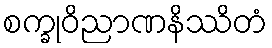
စက္ခုဝိညာဏနိဿိတံ